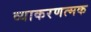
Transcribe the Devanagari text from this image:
व्याकरणत्मक